Madras plague regulations in force outside the Presidency town - Volume 2
Disease focus: Plague
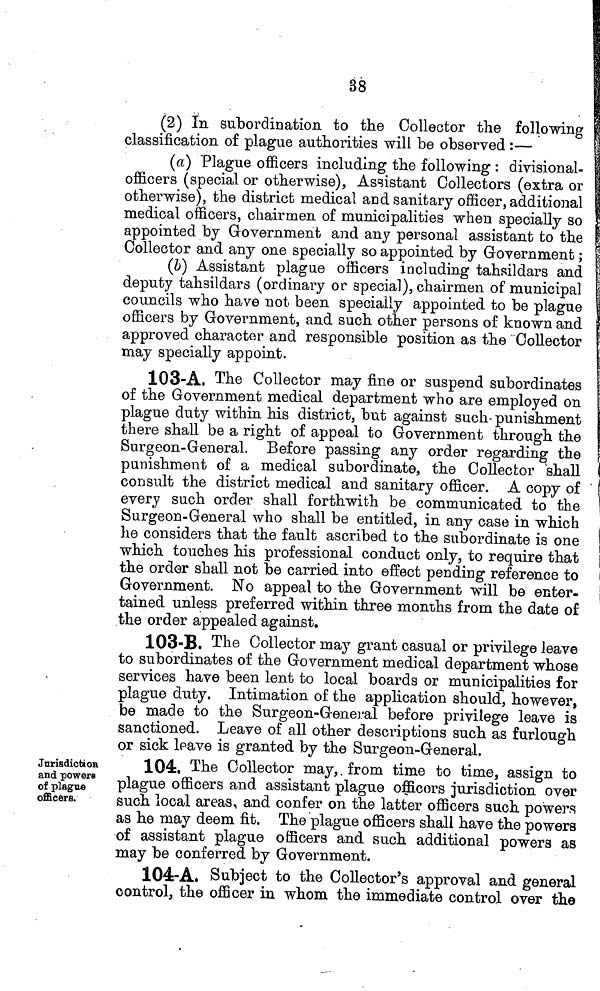
38
(2) In subordination to the Collector the following
classification of plague authorities will be observed :—
(a) Plague officers including the following : divisional-
officers (special or otherwise), Assistant Collectors (extra or
otherwise), the district medical and sanitary officer, additional
medical officers, chairmen of municipalities when specially so
appointed by Government and any personal assistant to the
Collector and any one specially so appointed by Government ;
(b) Assistant plague officers including tahsildars and
deputy tahsildars (ordinary or special), chairmen of municipal
councils who have not been specially appointed to be plague
officers by Government, and such other persons of known and
approved character and responsible position as the Collector
may specially appoint.
103-A. The Collector may fine or suspend subordinates
of the Government medical department who are employed on
plague duty within his district, but against such punishment
there shall be a right of appeal to Government through the
Surgeon-General. Before passing any order regarding the
punishment of a medical subordinate, the Collector shall
consult the district medical and sanitary officer. A copy of
every such order shall forthwith be communicated to the
Surgeon-General who shall be entitled, in any case in which
he considers that the fault ascribed to the subordinate is one
which touches his professional conduct only, to require that
the order shall not be carried into effect pending reference to
Government. No appeal to the Government will be enter-
tained unless preferred within three months from the date of
the order appealed against.
103-B. The Collector may grant casual or privilege leave
to subordinates of the Government medical department whose
services have been lent to local boards or municipalities for
plague duty. Intimation of the application should, however,
be made to the Surgeon-General before privilege leave is
sanctioned. Leave of all other descriptions such as furlough
or sick leave is granted bv the Surgeon-General.
Jurisdiction
and powers
of plague
officers.
104. The Collector may, from time to time, assign to
plague officers and assistant plague officers jurisdiction over
such local areas, and confer on the latter officers such powers
as he may deem fit. The plague officers shall have the powers
of assistant plague officers and such additional powers as
may be conferred by Government.
104-A. Subject to the Collector's approval and general
control, the officer in whom the immediate control over the